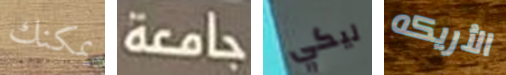
يمكنك جامعة ليكي الأريكه